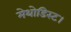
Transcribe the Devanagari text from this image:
मेथोडिस्ट।